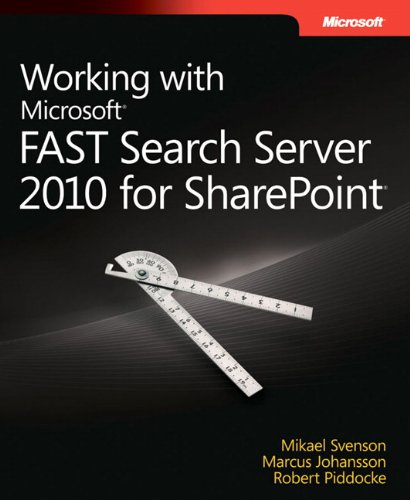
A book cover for Working with Microsoft FAST Search Server 2010 for SharePoint; Mikael Svenson; Computers & Technology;